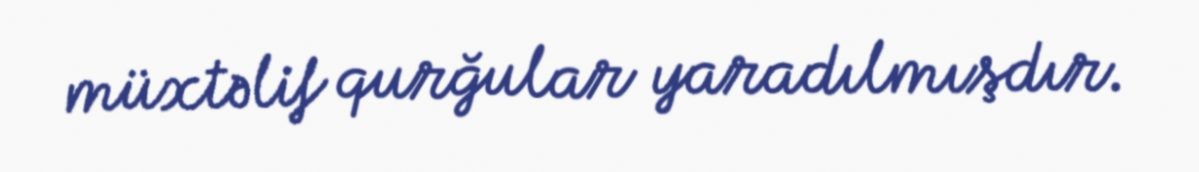
müxtəlif qurğular yaradılmışdır.